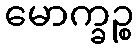
မောက္ခဉ္စ